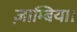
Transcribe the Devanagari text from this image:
ज़ाम्बिया।